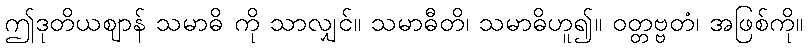
ဤဒုတိယဈာန် သမာဓိ ကို သာလျှင်။ သမာဓီတိ၊ သမာဓိဟူ၍။ ဝတ္တဗ္ဗတံ၊ အဖြစ်ကို။